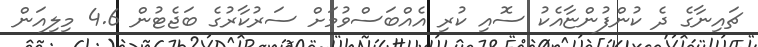
ޗައިނާގެ ދެ ކުންފުންޏާއެކު ސޮއި ކުރި އެއްބަސްވުމަށް ސަރުކާރުގެ ބަޖެޓުން 4.6 މިލިއަން